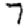
Digit: 7